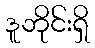
ဒူဘိုင်းရှိ